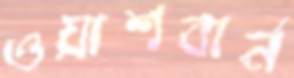
ওয়াশবার্ন